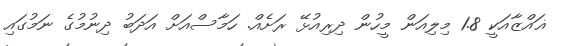
ޣައްޒާއަކީ 1.8 މިލިއަން މީހުން ދިރިއުޅޭ ރަށެއް. ހަމާސްއަށް އަދަބު ދިނުމުގެ ނަމުގައި